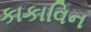
કાકાવિન